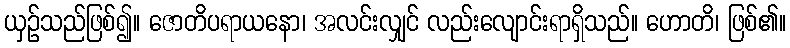
ယှဉ်သည်ဖြစ်၍။ ဇောတိပရာယနော၊ အလင်းလျှင် လည်းလျောင်းရာရှိသည်။ ဟောတိ၊ ဖြစ်၏။